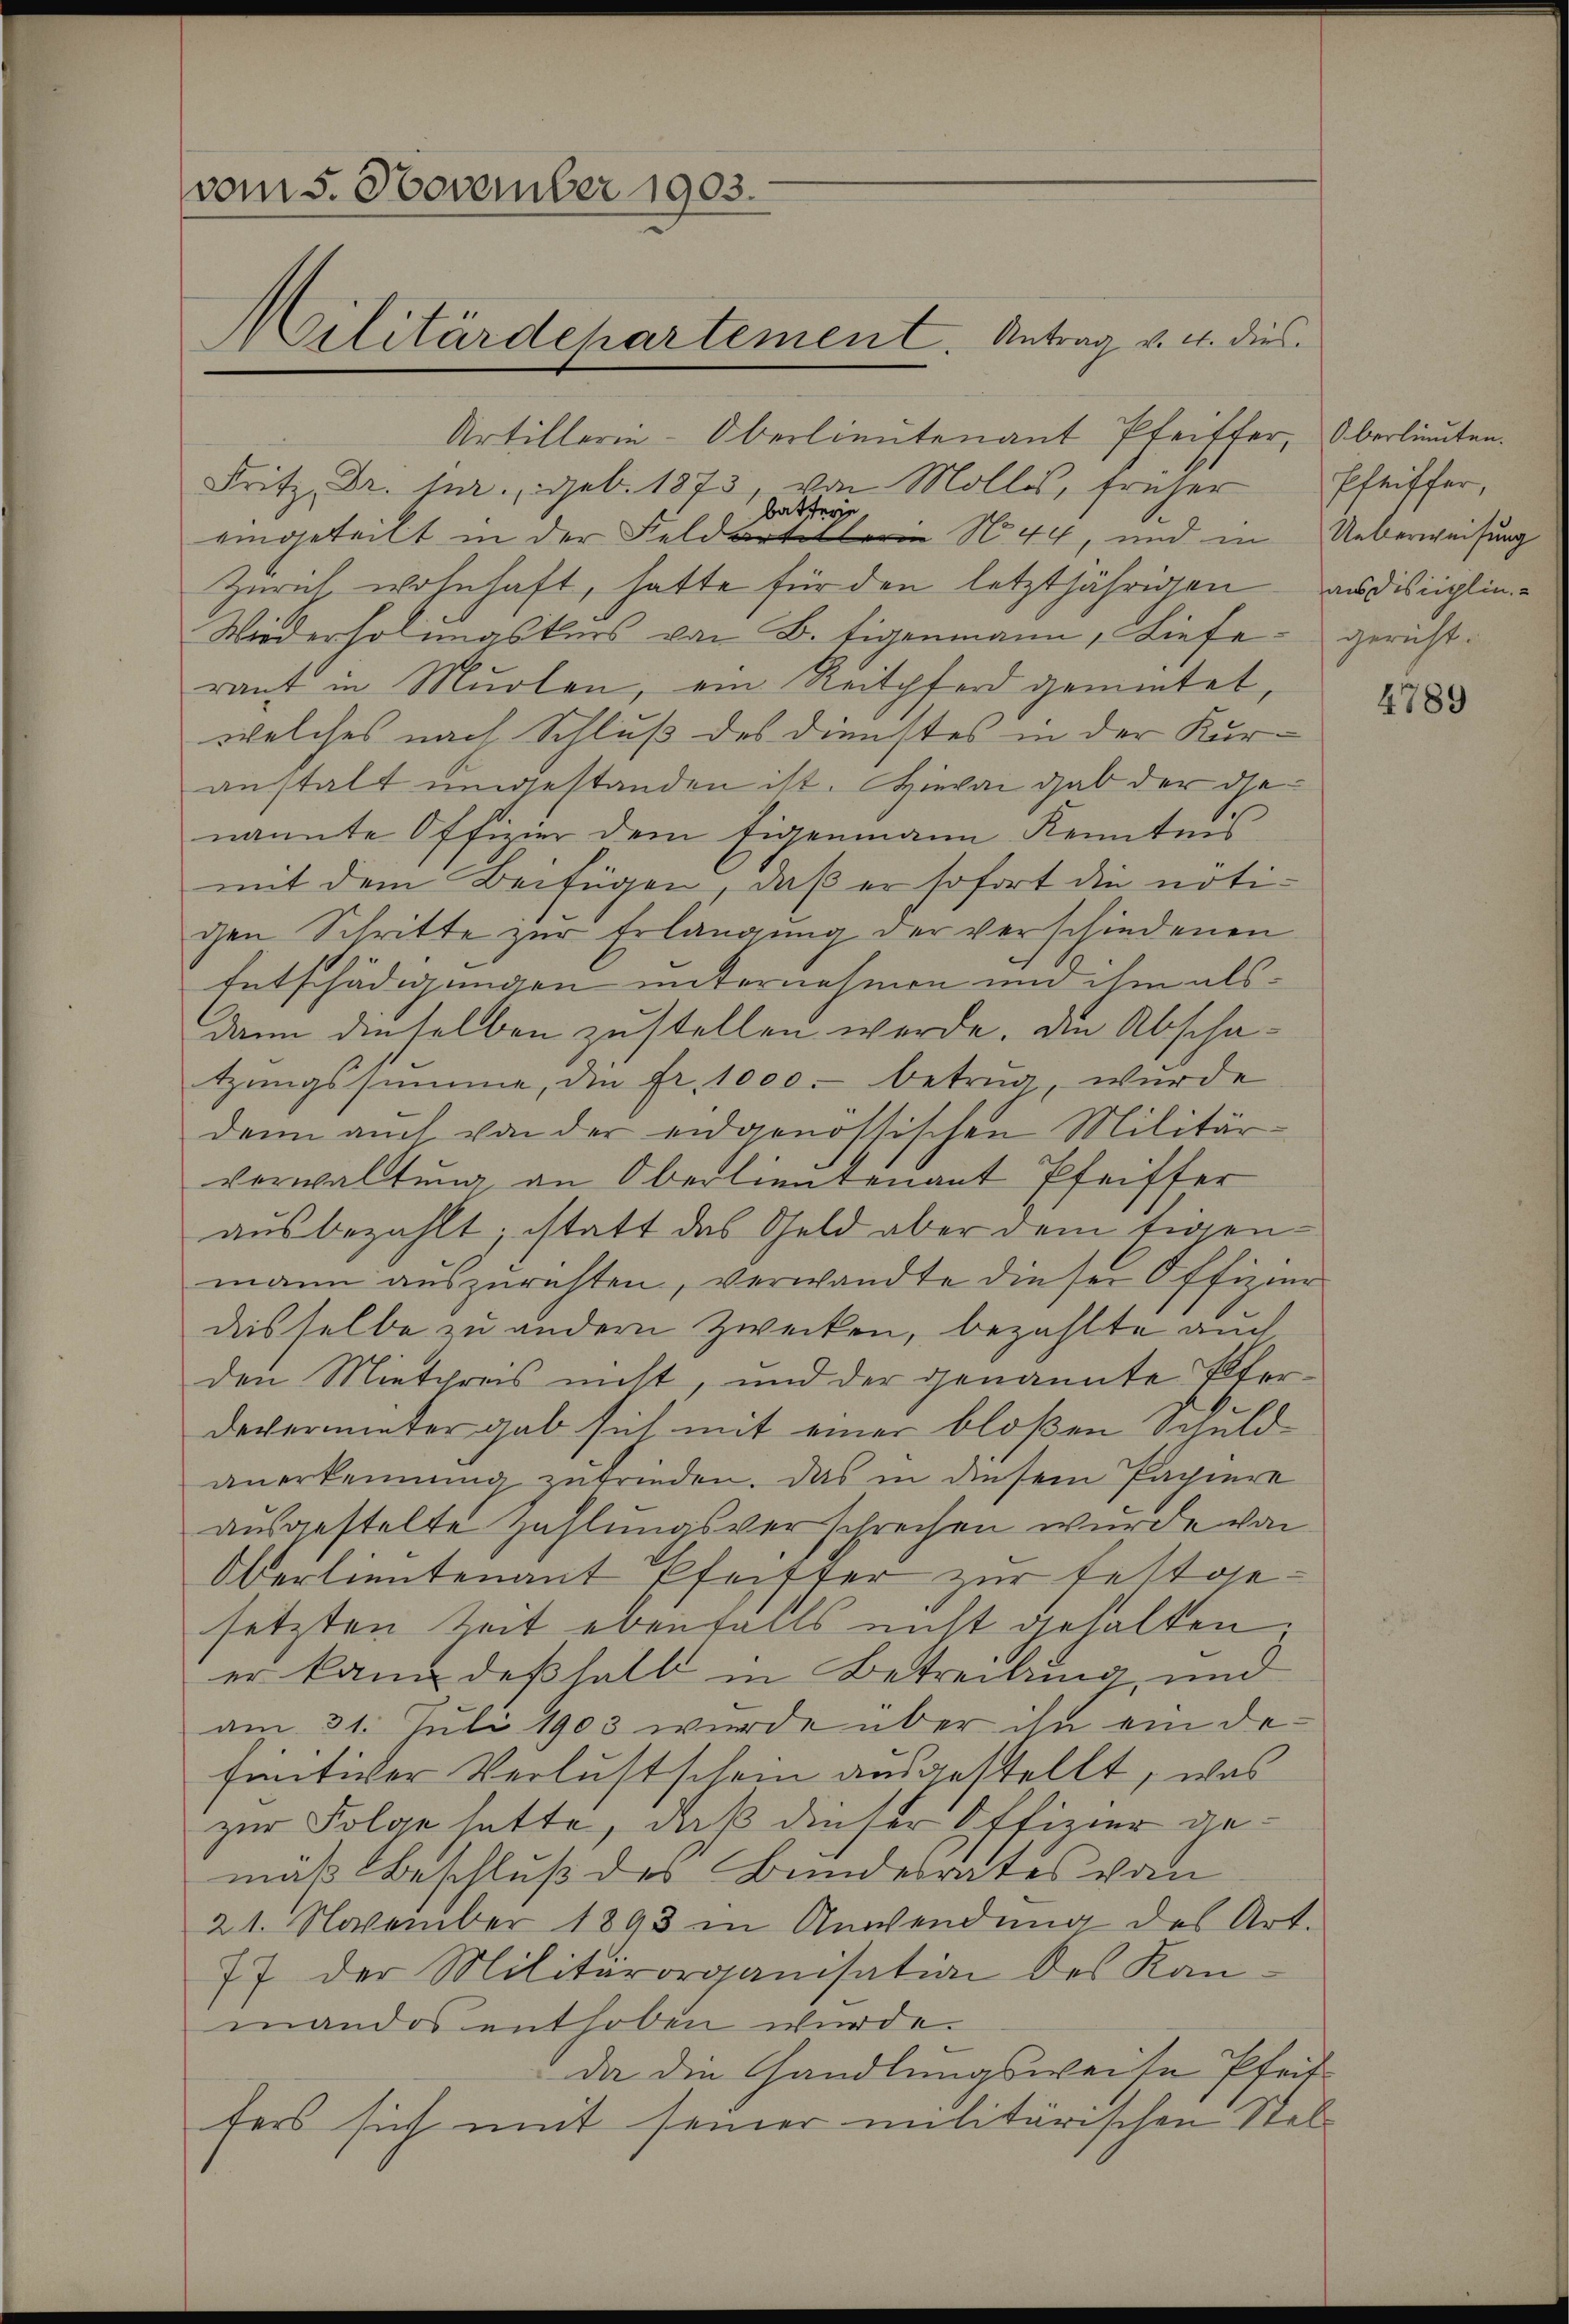
vom 5. November 1903.
Militärdepartement. Antrag v. u. dies

Artillerin-Oberlieutenant Pfeiffer, Oberlieuten.
Fritz, Dr. jur., geb. 1873, von Mollis, früher
batseyn.
eingeteilt in der Feldartellein N. 44, und in
Zürich wohnhaft, hatte für den letztjährigen audisciplin¬
Wiederholungskurs von B. Eigenmann, Lieferaut in Murten, ein Reitpferd gemietet,
welches nach Schluß des Dienstes in der Kur-
anstalt umgestanden ist. Hievon gab der Genannte Offizier dem Eigenmann Kenntnis
mit dem Beifügen, daß er sofort die nötichen Schritte zur Erlangung der verschiedenen
Entschädigungen unternehmen und ihm als
dann dieselben zustellen werde. Die Abschatzungssumme, die fr. 1000.- betrug wurde
dann auch von der eidgenössischen Militär-
verwaltung an Oberlieutenant Pfeiffer
ausbezahlt; statt des Geld aber dem tigenmann auszurichten, verwandte dieser Offizien
desselbe zu andern Zwecken, bezahlte auch
den Mietpreis nicht, und der genannte Pferdevermieter gab sich mit einer bloßen Schuld-
anerkennung zufrieden. Das in diesem Pachiere
ausgestelte Zahlungsverschrechen wurde von
Oberlieutenant Pfeiffer zur festgesetzten Zeit ebenfalls nicht gehalten.
er kann deßhalb in Betreitung, und
am 31. Juli 1903 wurde über ihn ein definitiver Verlustschein ausgestellt, was
zur Folge hatte, daß dieser Offizier gemäß Beschluß des Bundesrates vom
21. November 1893 in Anwendung des Art.
77 der Militärorganisation des Kan-
mandos enthoben wurde.
da die Handlungsweise Pfeitters sich mit seiner militärischen Stel¬

Pfeiffer,
Ueberweisung
gericht.

4789